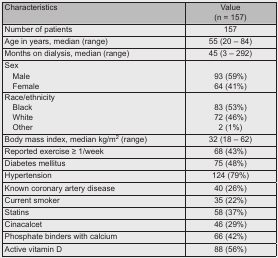
<table><thead><tr><td><b>Characteristics</b></td><td><b>Value (n = 157)</b></td></tr></thead><tbody><tr><td>Number of patients</td><td>157</td></tr><tr><td>Age in years, median (range)</td><td>55 (20 – 84)</td></tr><tr><td>Months on dialysis, median (range)</td><td>45 (3 – 292)</td></tr><tr><td>SexMaleFemale</td><td>93 (59%) 64 (41%)</td></tr><tr><td>Race/ethnicityBlackWhiteOther</td><td>83 (53%) 72 (46%) 2 (1%)</td></tr><tr><td>Body mass index, median kg/m<sup>2</sup> (range)</td><td>32 (18 – 62)</td></tr><tr><td>Reported exercise ≥ 1/week</td><td>68 (43%)</td></tr><tr><td>Diabetes mellitus </td><td>75 (48%)</td></tr><tr><td>Hypertension </td><td>124 (79%)</td></tr><tr><td>Known coronary artery disease </td><td>40 (26%)</td></tr><tr><td>Current smoker </td><td>35 (22%)</td></tr><tr><td>Statins </td><td>58 (37%)</td></tr><tr><td>Cinacalcet </td><td>46 (29%)</td></tr><tr><td>Phosphate binders with calcium </td><td>66 (42%)</td></tr><tr><td>Active vitamin D </td><td>88 (56%)</td></tr></tbody></table>